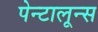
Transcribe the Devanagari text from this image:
पेन्टालून्स